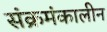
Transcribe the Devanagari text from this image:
संक्रमंकालीन